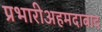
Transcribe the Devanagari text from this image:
प्रभारीअहमदाबाद